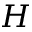
H